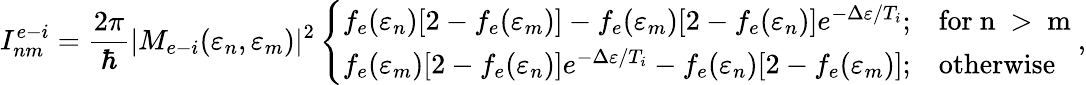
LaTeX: I_{nm}^{e-i}=\frac{2\pi}{\hbar}|M_{e-i}(\varepsilon_{n},\varepsilon_{m})|^{2}\left\{ \begin{array}{ll}{f_{e}(\varepsilon_{n})[2-f_{e}(\varepsilon_{m})]-f_{e}(\varepsilon_{m})[2-f_{e}(\varepsilon_{n})]e^{-\Delta\varepsilon/T_{i}};}&{\mathrm{for~n~>~m~}}\\ {f_{e}(\varepsilon_{m})[2-f_{e}(\varepsilon_{n})]e^{-\Delta\varepsilon/T_{i}}-f_{e}(\varepsilon_{n})[2-f_{e}(\varepsilon_{m})];}&{\mathrm{otherwise}}\end{array}\right.,